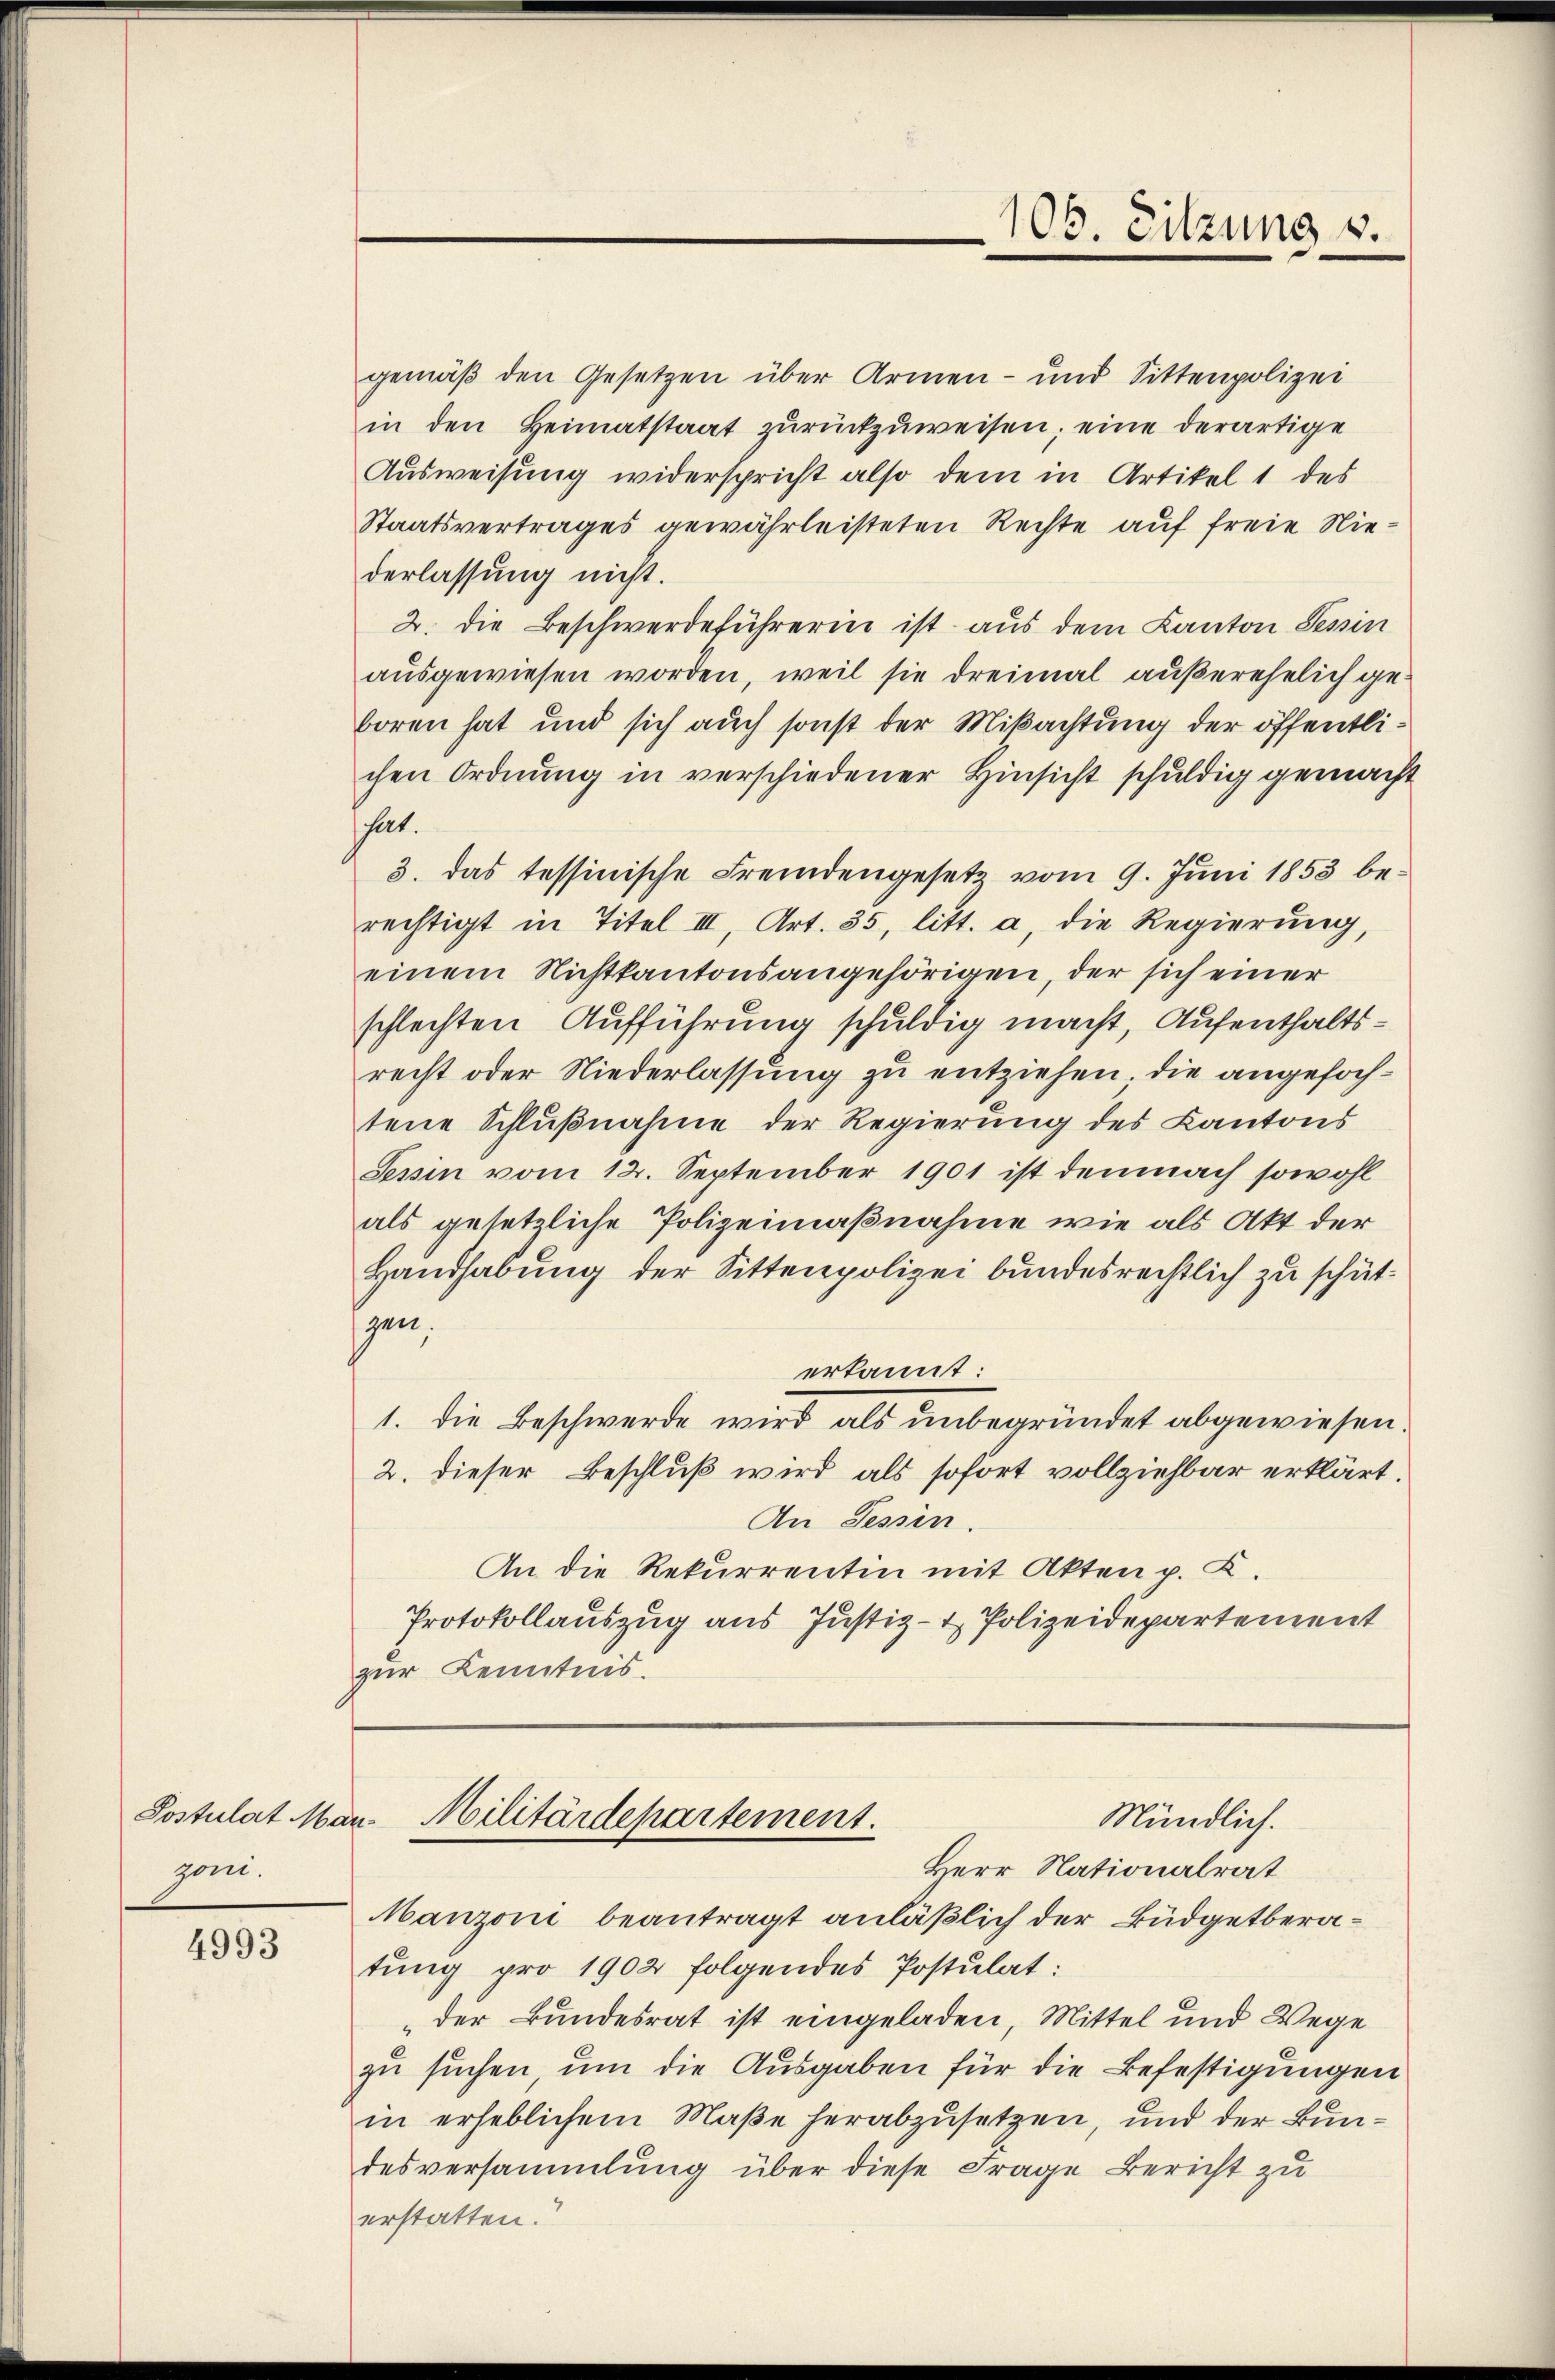
Postulat Marzoni.

4993

106. Sitzung v.

gemäß den Gesetzen über Armen- und Sittenpolizei
in den Heimatstaat zŭrückzŭweisen; eine derartige
Ausweisung widerspricht also dem in Artikel 1 des
Staatsvertrages gewährleisteten Rechte auf freie Niederlassung nicht.
2. die Beschwerdeführerin ist aus dem Kanton Tessin
ausgewiesen worden, weil sie dreimal außerehelich geboren hat und sich auch sonst der Mißachtung der öffentlichen Ordnung in verschiedener Hinsicht schuldig gemacht
hat.
3. Das tessinische Fremdengesetz vom 9. Juni 1853 berechtigt in Titel III, Art. 35, litt. a, die Regierung,
einem Nichtkantonsangehörigen, der sich einer
schlechten Aufführung schuldig macht, Aufenthaltsrecht oder Niederlassung zu entziehen, die angefochtene Schlußnahme der Regierung des Kantons
Tessin vom 12. September 1901 ist demnach sowohl
als gesetzliche Polizeimaßnahme wie als Akt der
Handhabung der Sittenpolizei bundesrechtlich zu schütspen,
erkannt:
1. die Beschwerde wird als unbegründet abgewiesen
2. dieser Beschluß wird als sofort vollziehbar erklärt.
An Tessin
An die Rekurrentin mit Akten p. K.
Protokollauszug aus Justiz- & Polizeidepartement
zur Kenntnis.

Militärdepartement.
Mündlich.
Herr Nationalrat

Manzoni beantragt anläßlich der Büdgetberatung pro 1902 folgendes Postulat:
„der Bundesrat ist eingeladen, Mittel und Wege
zu suchen, um die Ausgaben für die Befestigungen
in erheblichem Maße herabzusetzen, und der Bundesversammlung über diese Frage Bericht zu
erstatten.